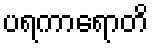
ပရကာရောတိ